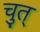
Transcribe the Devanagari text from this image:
चुत्